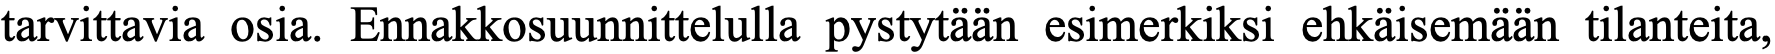
tarvittavia osia. Ennakkosuunnittelulla pystytään esimerkiksi ehkäisemään tilanteita,